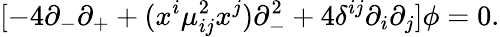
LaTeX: [-4\partial_{-}\partial_{+}+(x^{i}\mu_{ij}^{2}x^{j})\partial_{-}^{2}+4\delta^{ij}\partial_{i}\partial_{j}]\phi=0.